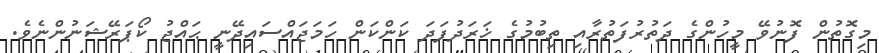
މިގޮތުން ފޮނުވޭ މީހުންގެ ދަތުރުފަތުރާއި ތިބުމުގެ ޚަރަދުފަދަ ކަންކަން ހަމަޖައްސައިދޭނީ ޙައްޖު ކޯޕަރޭޝަނުންނެވެ.